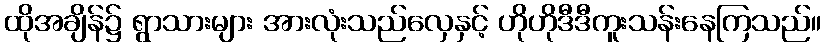
ထိုအချိန်၌ ရွာသားများ အားလုံးသည်လှေနှင့် ဟိုဟိုဒီဒီကူးသန်းနေကြသည်။